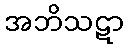
အဘိသဋာ